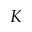
K